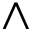
\wedge